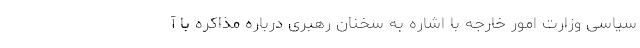
سیاسی وزارت امور خارجه با اشاره به سخنان رهبری درباره مذاکره با آ